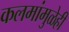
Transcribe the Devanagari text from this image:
कलमांमुळेही